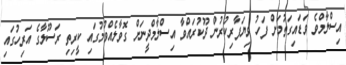
އިސްލާމްވެ ވަޑައިގަތުމަށް ފަހު ވިޔަފާރިކުރުން ދޫކުރައްވާ އިސްލާމްދީނަށް ގޮވާލެއްވުމުގައި ކީރިތި ރަސޫލާގެ އަރިހުގައި